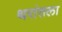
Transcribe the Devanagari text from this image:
थरांतला